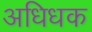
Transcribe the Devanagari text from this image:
अधिधक